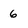
Character: 6